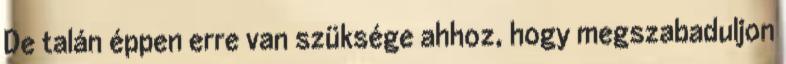
De talán éppen erre van szüksége ahhoz, hogy megszabaduljon